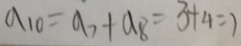
a _ { 1 0 } = a _ { 7 } + a _ { 8 } = 3 + 4 = 7